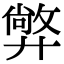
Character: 㢢